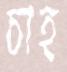
চাহ